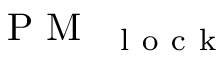
\mathrm { ~ P ~ M ~ } _ { \mathrm { ~ { ~ l ~ o ~ c ~ k ~ } ~ } }